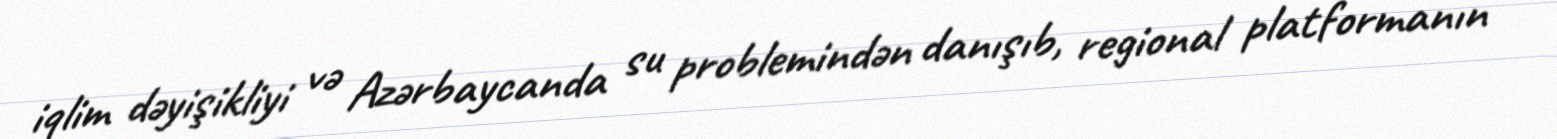
iqlim dəyişikliyi və Azərbaycanda su problemindən danışıb, regional platformanın